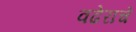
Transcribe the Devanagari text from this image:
वढेराचे